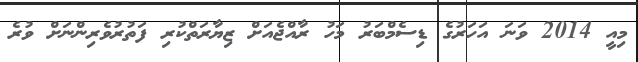
މިއީ 2014 ވަނަ އަހަރުގެ ޑިސެމްބަރު މަހު ރާއްޖެއަށް ޒިޔާރަތްކުރި ފަތުރުވެރިންނަށް ވުރެ